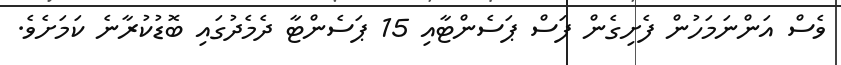
ވެސް އަންނަމަހުން ފެށިގެން ފަސް ޕަސެންޓާއި 15 ޕަސެންޓާ ދެމެދުގައި ބޮޑުކުރާނެ ކަމަށެވެ.